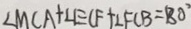
\angle M C A + \angle E C F + \angle F C B = 1 8 0 ^ { \circ }